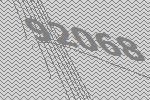
92068